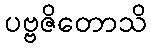
ပဗ္ဗဇိတောသိ